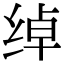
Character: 绰